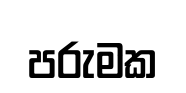
පරුමක